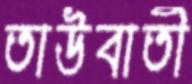
তাউবাতী